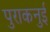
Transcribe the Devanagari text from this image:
पुराकनुई